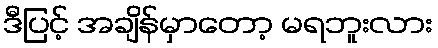
ဒီပြင့် အချိန်မှာတော့ မရဘူးလား